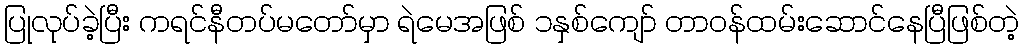
ပြုလုပ်ခဲ့ပြီး ကရင်နီတပ်မတော်မှာ ရဲမေအဖြစ် ၁နှစ်ကျော် တာဝန်ထမ်းဆောင်နေပြီဖြစ်တဲ့